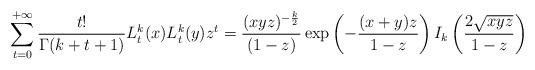
LaTeX: \begin{align*}\sum_{t=0}^{+\infty} \frac{t!}{\Gamma(k+t+1)} L_t^{k}(x) L_t^{k}(y) z^t = \frac{(xyz)^{-\frac{k}{2}}}{(1-z)} \exp\left(-\frac{(x+y)z}{1-z}\right) I_{k}\left(\frac{2\sqrt{xyz}}{1-z}\right)\end{align*}